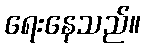
ရေးနေသည်။